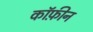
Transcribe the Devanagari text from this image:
कॉफ़ीन